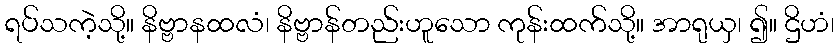
ရပ်သကဲ့သို့။ နိဗ္ဗာနထလံ၊ နိဗ္ဗာန်တည်းဟူသော ကုန်းထက်သို့။ အာရုယှ၊ ၍။ ဌိဟံ၊